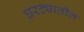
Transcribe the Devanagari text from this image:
घरट्यातील